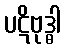
ပဋိဗုဒ္ဓါ